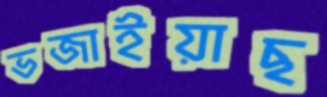
ভজাইয়াছ